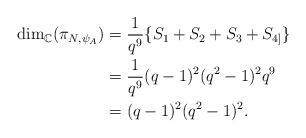
LaTeX: \begin{align*}\dim_{\mathbb{C}}(\pi_{N,\psi_{A}}) & = \frac{1}{q^{9}}\{S_{1} + S_{2} + S_{3}+S_{4]}\} \\&= \frac{1}{q^{9}}(q-1)^2(q^2-1)^2q^9\\&= (q-1)^{2}(q^2-1)^2.\end{align*}